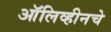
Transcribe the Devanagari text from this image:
ऑलिव्हीनचे